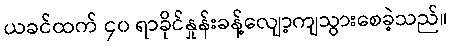
ယခင်ထက် ၄၀ ရာခိုင်နှုန်းခန့်လျော့ကျသွားစေခဲ့သည်။